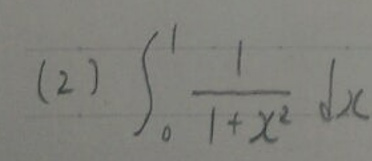
(2) \(\int_{0}^{1} \frac{1}{1 + x^{2}} dx\)